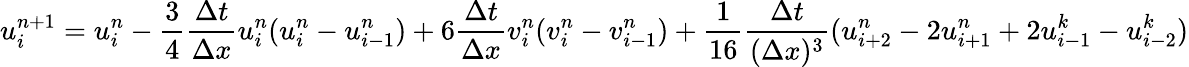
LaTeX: u_{i}^{n+1}=u_{i}^{n}-\frac{3}{4}\frac{\Delta t}{\Delta x}u_{i}^{n}(u_{i}^{n}-u_{i-1}^{n})+6\frac{\Delta t}{\Delta x}v_{i}^{n}(v_{i}^{n}-v_{i-1}^{n})+\frac{1}{16}\frac{\Delta t}{(\Delta x)^{3}}(u_{i+2}^{n}-2u_{i+1}^{n}+2u_{i-1}^{k}-u_{i-2}^{k})